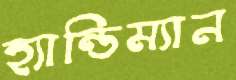
হ্যান্ডিম্যান